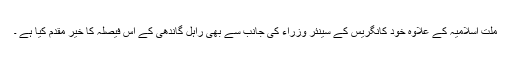
ملت اسلامیہ کے علاوہ خود کانگریس کے سینئر وزراء کی جانب سے بھی راہل گاندھی کے اس فیصلہ کا خیر مقدم کیا ہے ۔